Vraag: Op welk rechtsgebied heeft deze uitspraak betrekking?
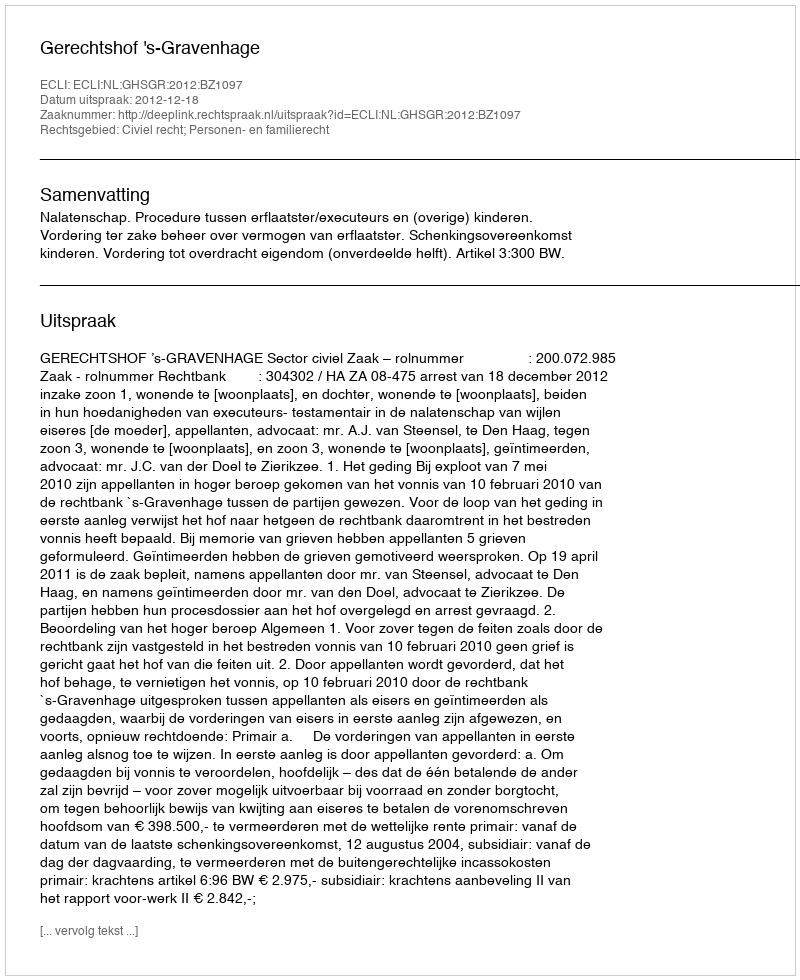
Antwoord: Civiel recht; Personen- en familierecht